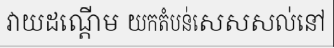
វាយដណ្តើម យកតំបន់សេសសល់នៅ